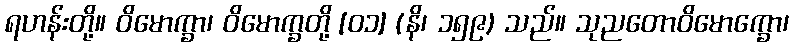
ရဟန်းတို့။ ဝိမောက္ခာ၊ ဝိမောက္ခတို့ [၀၁] (နိ၊ ၁၅၉) သည်။ သုညတောဝိမောက္ခော၊